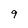
Character: 9